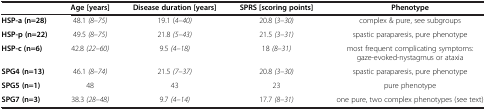
|  | Age [years] | Disease duration [years] | SPRS [scoring points] | Phenotype |
 | --- | --- | --- | --- | --- |
 | HSP-a (n=28) | 48.1 (8–75) | 19.1 (4–40) | 20.8 (3–30) | complex & pure, see subgroups |
 | HSP-p (n=22) | 49.5 (8–75) | 21.8 (5–43) | 21.5 (3–31) | spastic paraparesis, pure phenotype |
 | HSP-c (n=6) | 42.8 (22–60) | 9.5 (4–18) | 18 (8–31) | most frequent complicating symptoms: gaze-evoked-nystagmus or ataxia |
 | SPG4 (n=13) | 46.1 (8–74) | 21.5 (7–37) | 20.8 (3–30) | spastic paraparesis, pure phenotype |
 | SPG5 (n=1) | 48 | 43 | 23 | pure phenotype |
 | SPG7 (n=3) | 38.3 (28–48) | 9.7 (4–14) | 17.7 (8–31) | one pure, two complex phenotypes (see text) |